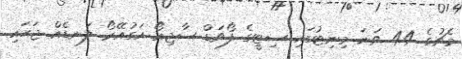
މެޗުގެ 44 ވަނަ މިނިޓުގައި ސިޓީގެ ފޯވަޑް ސާޖިއޯ އަގުއޭރޯ ލަނޑެއް ޖަހައި